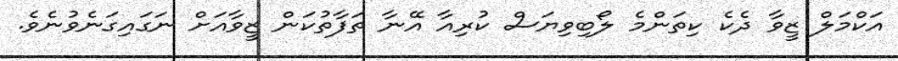
އަކްމަލް ޒީވާ ދެކެ ކިތަންމެ ލޯބިވިޔަސް ކުރިއާ އޭނާ ތަފާތުކަން ޒީވާއަށް ނަގައިގަނެވުނެވެ.